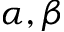
\alpha , \beta